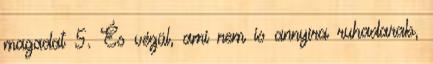
magadat 5. És végül, ami nem is annyira ruhadarab,